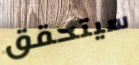
سيتحقق